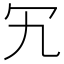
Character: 𠕴